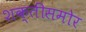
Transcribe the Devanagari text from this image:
शक्तींसमोर